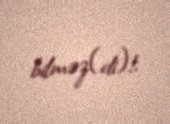
bilməz(di)!.